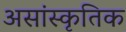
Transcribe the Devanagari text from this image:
असांस्कृतिक